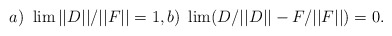
\begin{align*}a)\,\,\lim ||D||/||F||=1, b)\,\,\lim (D/||D||-F/||F||)=0.\end{align*}